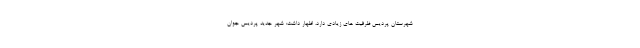
شهرستان پردیس ظرفیت های زیادی دارد، اظهار داشت: شهر جدید پردیس جوان